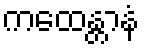
ကထေန္တာနံ